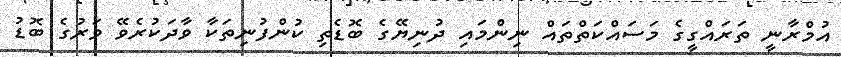
އުމްރާނީ ތަރައްގީގެ މަސައްކަތްތައް ނިންމައި ދުނިޔޭގެ ބޮޑެތި ކުންފުނިތަކާ ވާދަކުރެވޭ ވަރުގެ ބޮޑު